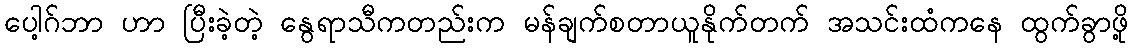
ပေါ့ဂ်ဘာ ဟာ ပြီးခဲ့တဲ့ နွေရာသီကတည်းက မန်ချက်စတာယူနိုက်တက် အသင်းထံကနေ ထွက်ခွာဖို့